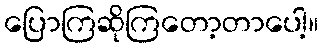
ပြောကြဆိုကြတော့တာပေါ့။